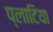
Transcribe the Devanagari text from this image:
प्लाटिया